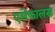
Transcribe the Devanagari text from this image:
एसेफालस